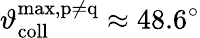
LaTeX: \vartheta_{\mathrm{coll}}^{\mathrm{max,p\neq q}}\approx 48.6^{\circ}